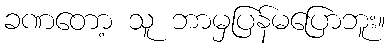
ခဏတော့ သူ ဘာမှပြန်မပြောဘူး။